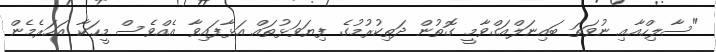
"ސާލިހްއާއި ނުވަތަ ބައިނަލްއަގްވާމީ ގޮތުން ދަތިކުރުމުގެ ފިޔަވަޅުތައް އަޅާފައިވާ އެއްވެސް މީހަކާ އަހަރެމެން